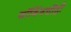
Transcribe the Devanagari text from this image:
जॉगिंगचीही